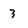
Character: 3